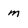
Character: m